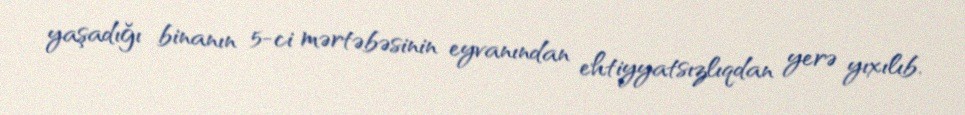
yaşadığı binanın 5-ci mərtəbəsinin eyvanından ehtiyyatsızlıqdan yerə yıxılıb.